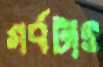
গর্বটাও